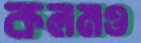
কলমও